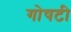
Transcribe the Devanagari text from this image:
गोषटी